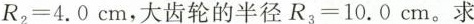
R_{2}=4.0cm，大齿轮的半径R_{3}=10.0cm.求